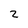
Character: 2